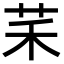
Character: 䒩